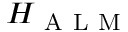
H _ { \mathrm { ~ A ~ L ~ M ~ } }